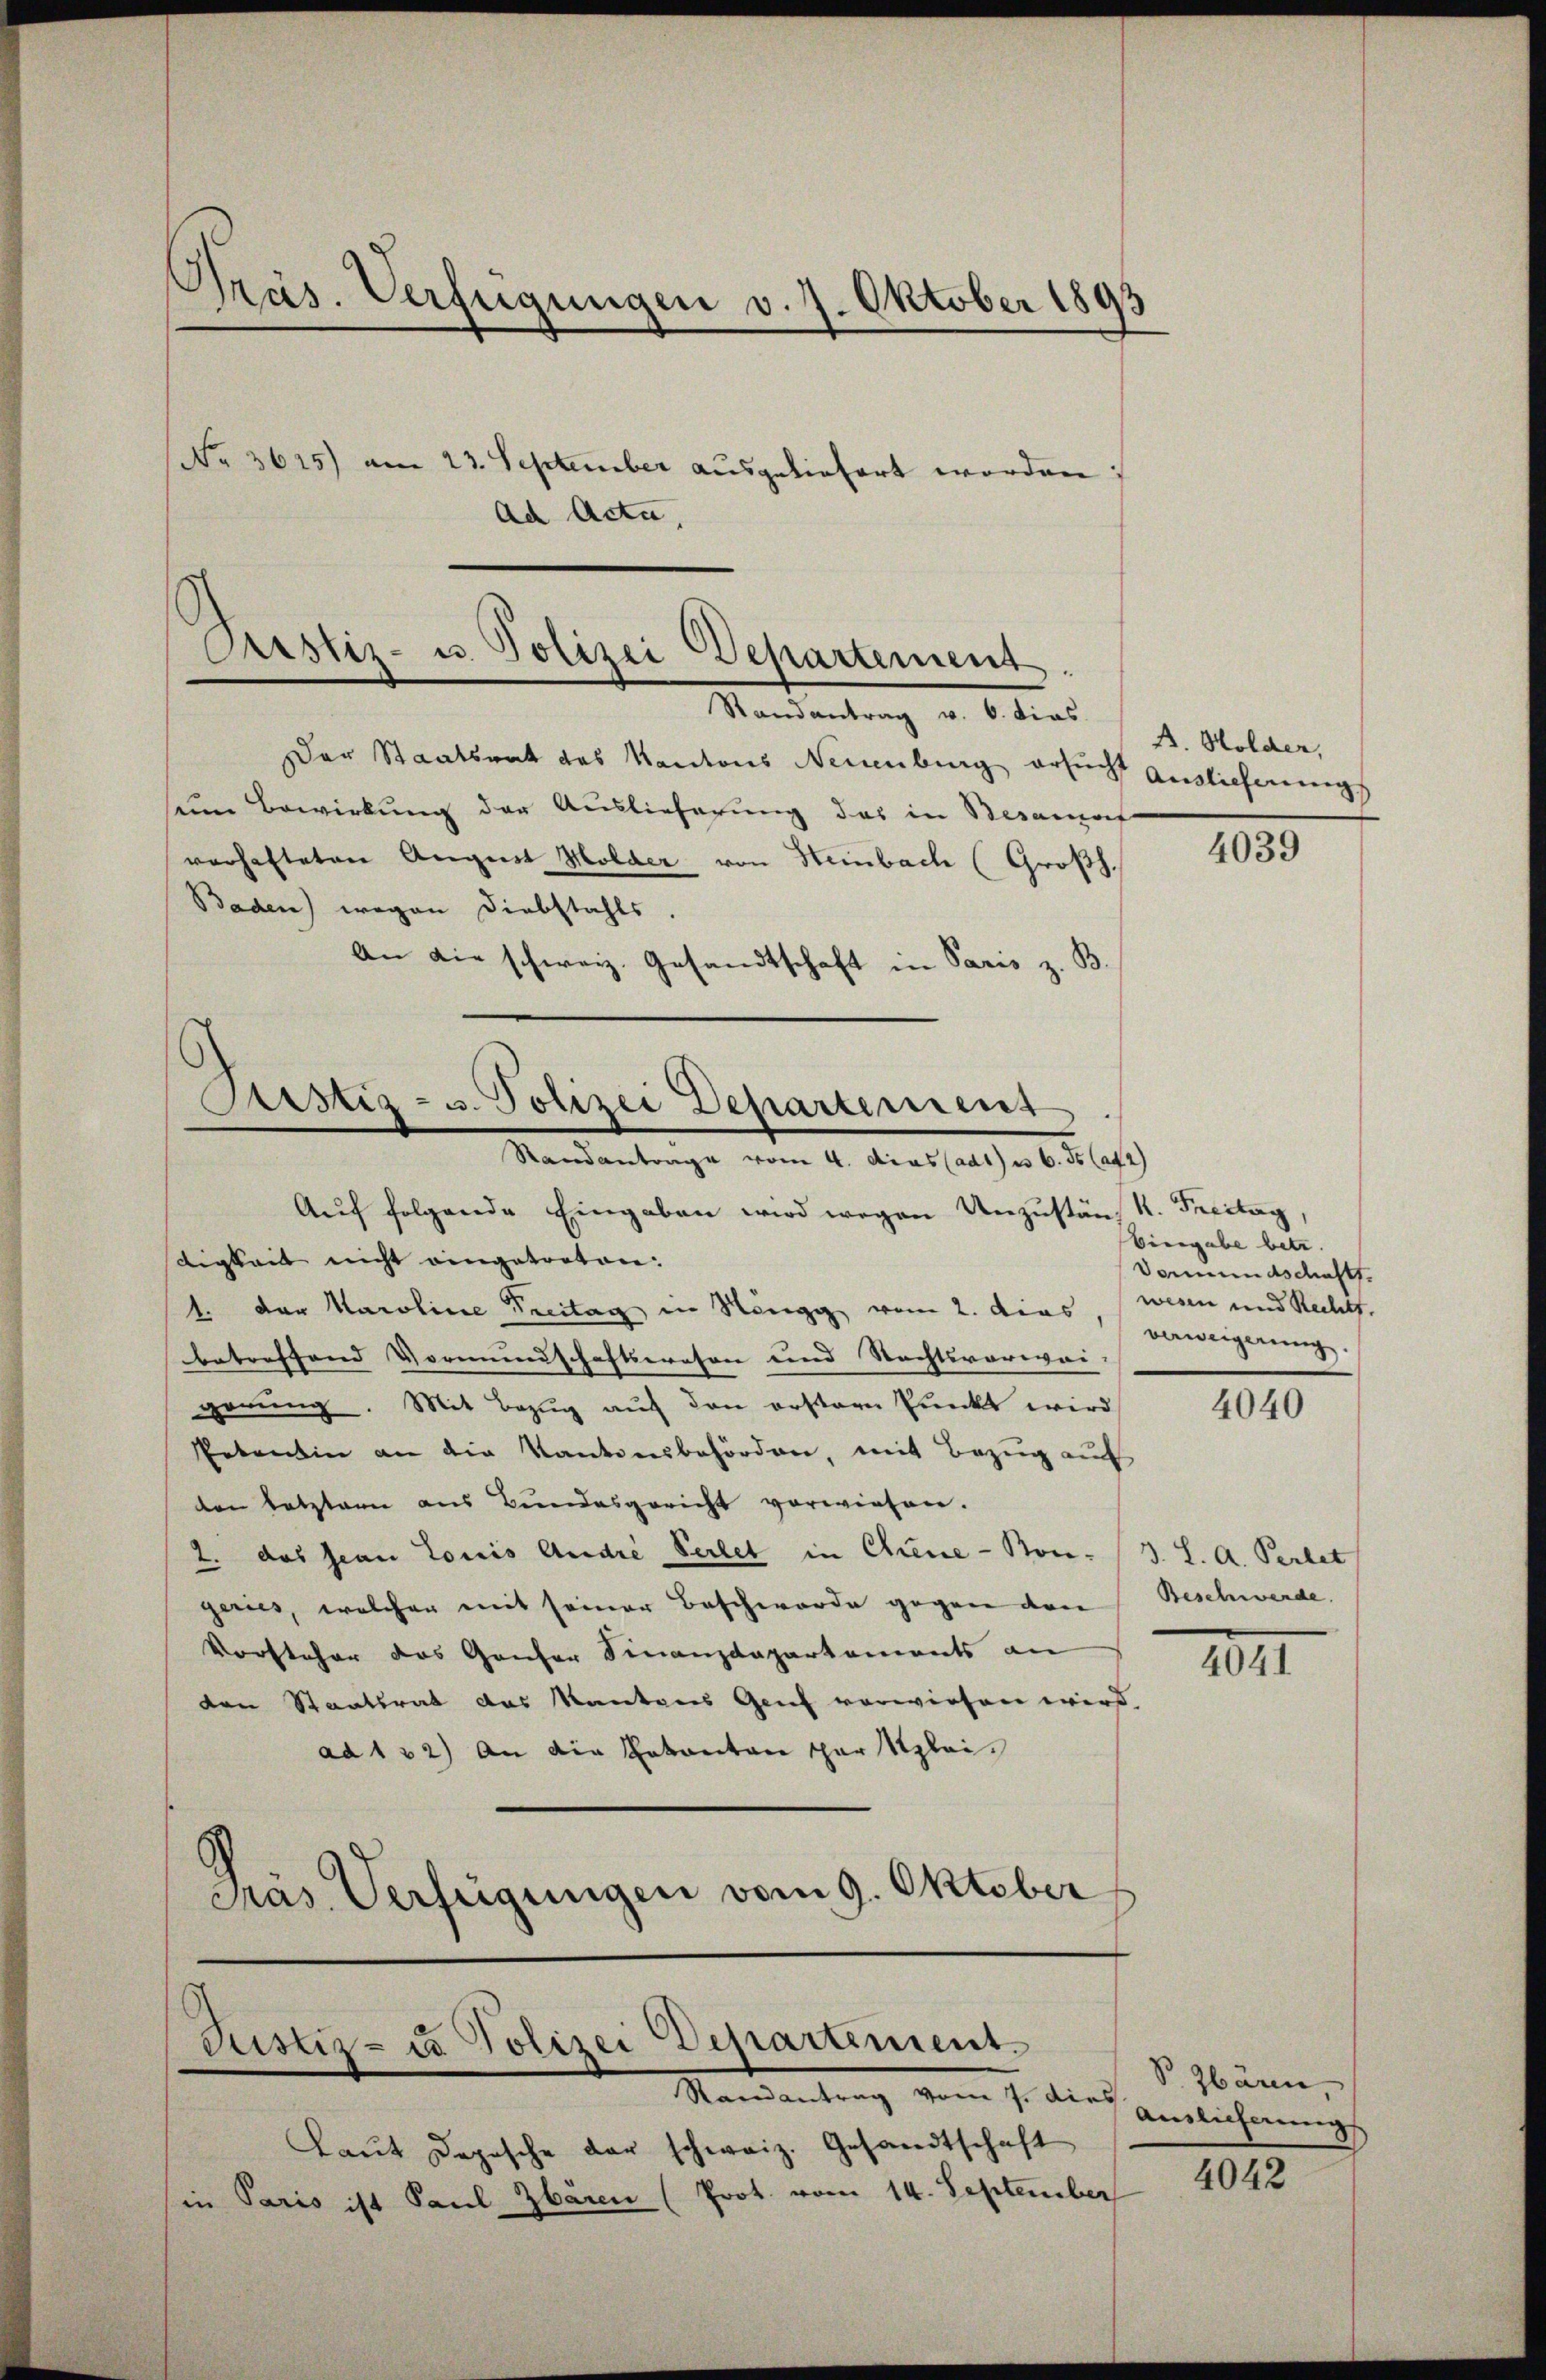
Präs. Verfügungen v. 7. Oktober 1893
No 3615) am 23. September ausgeliefert worden
Ad Acta,
Prustiz- u. Polizei Departement.
Randantrag v. 6. dies

Der Staatsrat das Kantons Neuenburg ersucht Auslicherungs
seine Bewirkung der Auslieferung das in Besanof
verhafteten August Holder von Steinbach (Großh.
Baden) wegen Diebstahls
An die schweiz. Gesandtschaft in Paris z. B.

Arstiz- u. Polizei Departement
Standantrage vom 4. das ad 1) u 6. ds Cata

Justiz- u. Polizei Departement.
Mandantrag vom 1. durch Anlicherung

Aŭf folgende Eingaben wird wegen Unzuständ K. Freitag
digkeit nicht eingetreten:
1. Der Karoline Treitag in Höngg vom 2. dies, wenn und Rechts.
betreffend Vormundschaftswesen und Rechtsverwei-
gerung. Mit Bezug auf den erstern Punkt wird
Petentin an die Kantonsbehörden, mit Bezug auf
den letztern aus Bundesgericht vorwiesen.
2. das Jean Louis Andre Verlet in Chiene - Songeries, welcher mit seiner Beschwerde gegen den
Vorsteher das Ganter Finanzdepartements an
den Staatsrat das Kantons Genf verwiesen wird.
ad 132) An die Votanton par Klei¬
Präs. Verfügungen vom 9. Oktober

Laŭt Depesche der schweiz. Gesandtschaft
in Paris ist Paul Zbären (Prot. vom 14. September

A. Holder,

4039

Eingabe betr.
Vomundschaft.
verweigerung.

4040

3. S. A. Perlet
Beschwerde.

1041

S Zbären,
4042